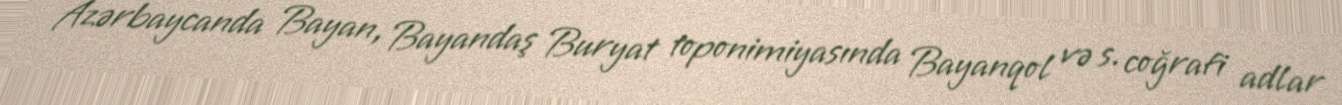
Azərbaycanda Bayan, Bayandaş Buryat toponimiyasında Bayanqol və s. coğrafi adlar